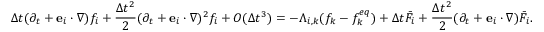
\Delta t ( { \partial _ { t } } + { { \bf { e } } _ { i } } \cdot \nabla ) { f _ { i } } + \frac { { \Delta { t ^ { 2 } } } } { 2 } { ( { \partial _ { t } } + { { \bf { e } } _ { i } } \cdot \nabla ) ^ { 2 } } { f _ { i } } + O ( \Delta { t ^ { 3 } } ) = - { \Lambda _ { i , k } } ( { f _ { k } } - f _ { k } ^ { e q } ) + \Delta t { { \bar { F } } _ { i } } + \frac { { \Delta { t ^ { 2 } } } } { 2 } ( { \partial _ { t } } + { { \bf { e } } _ { i } } \cdot \nabla ) { { \bar { F } } _ { i } } .